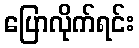
ပြောလိုက်ရင်း